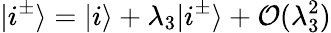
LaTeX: |i^{\pm}\rangle=|i\rangle+\lambda_{3}|i^{\pm}\rangle+{\cal O}(\lambda_{3}^{2})